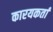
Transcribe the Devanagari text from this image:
कारयकर्ता